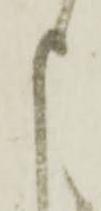
申